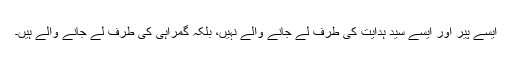
ایسے پیر اور ایسے سیّد ہدایت کی طرف لے جانے والے نہیں، بلکہ گمراہی کی طرف لے جانے والے ہیں۔